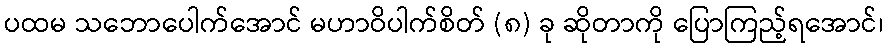
ပထမ သဘောပေါက်အောင် မဟာဝိပါက်စိတ် (၈) ခု ဆိုတာကို ပြောကြည့်ရအောင်၊